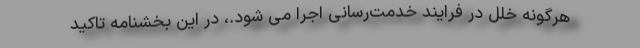
هرگونه خلل در فرایند خدمت‌رسانی اجرا می شود.، در این بخشنامه تاکید